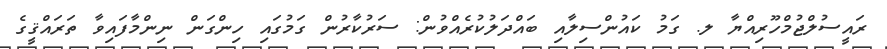
ރައީސުލްޖުމްހޫރިއްޔާ ލ. ގަމު ކައުންސިލާއި ބައްދަލުކުރެއްވުން: ސަރުކާރުން ގަމުގައި ހިންގަން ނިންމާފައިވާ ތަރައްޤީގެ